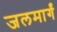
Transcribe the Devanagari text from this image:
जलमार्गं